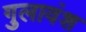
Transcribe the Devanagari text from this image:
गुलावंश